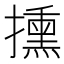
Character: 𢷠